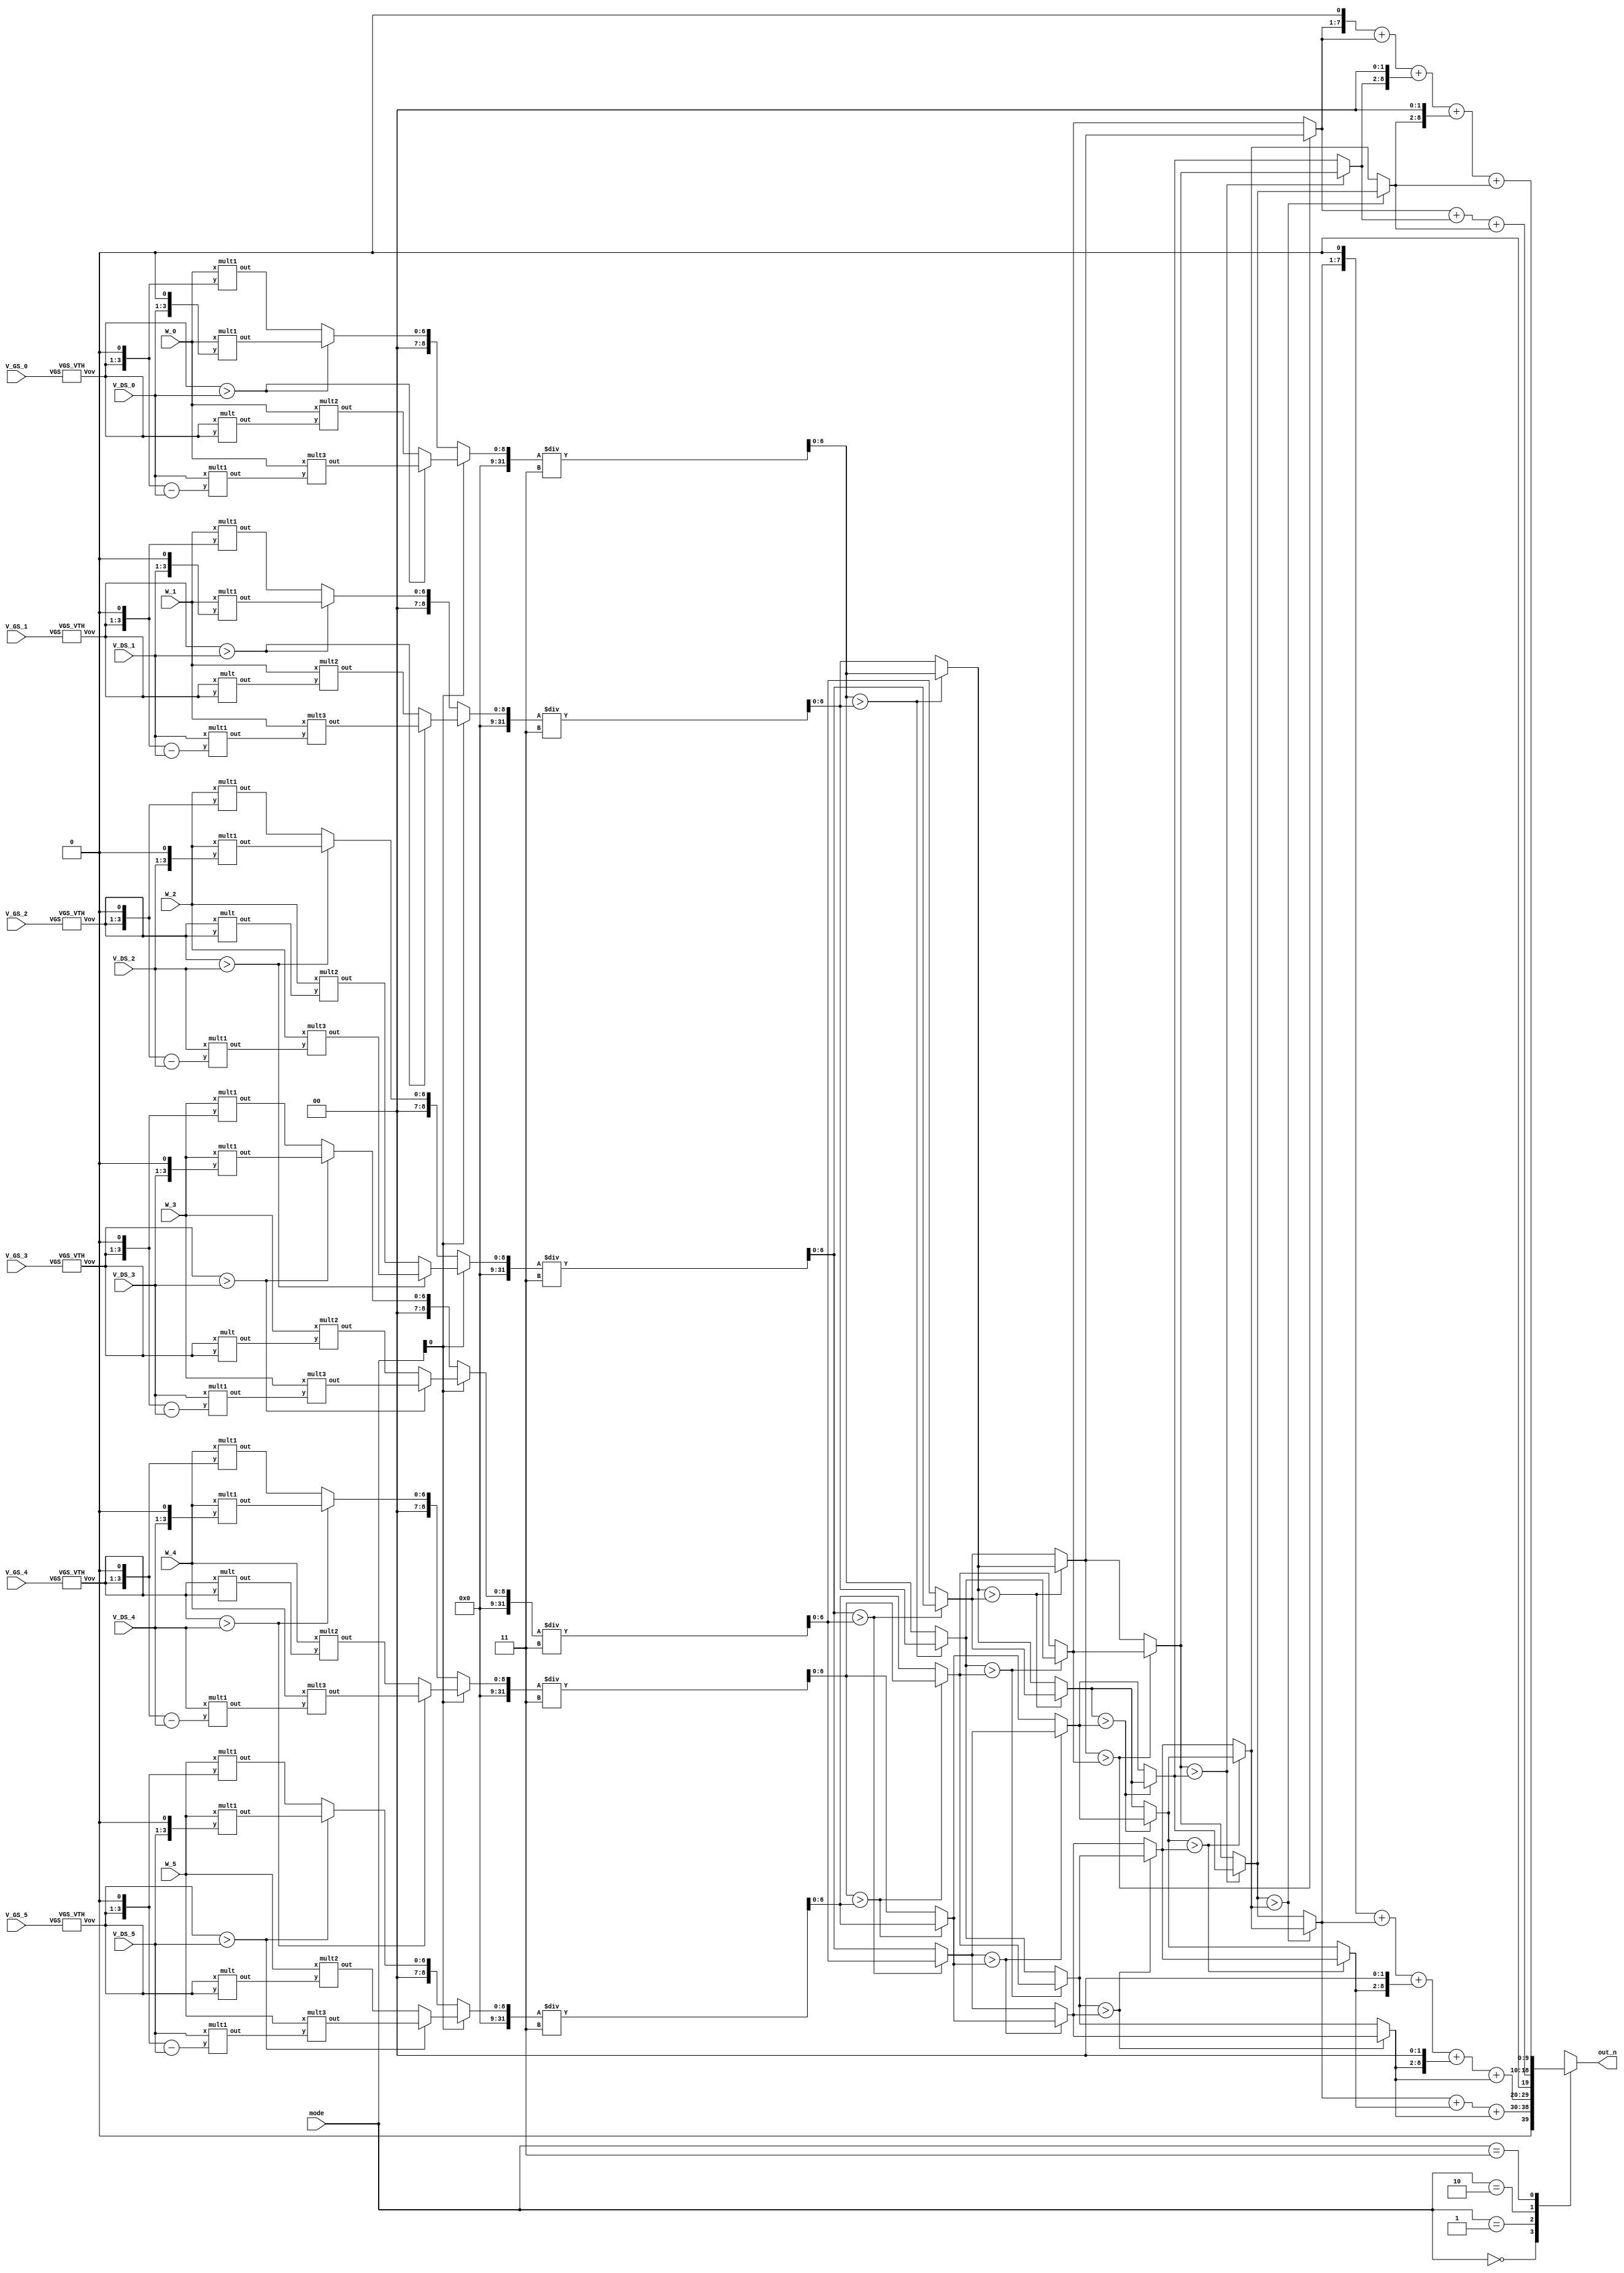
module SMC(
  // Input signals
    mode,
    W_0, V_GS_0, V_DS_0,
    W_1, V_GS_1, V_DS_1,
    W_2, V_GS_2, V_DS_2,
    W_3, V_GS_3, V_DS_3,
    W_4, V_GS_4, V_DS_4,
    W_5, V_GS_5, V_DS_5,   
  // Output signals
    out_n
);

//================================================================
//   INPUT AND OUTPUT DECLARATION                         
//================================================================
input [2:0] W_0, V_GS_0, V_DS_0;
input [2:0] W_1, V_GS_1, V_DS_1;
input [2:0] W_2, V_GS_2, V_DS_2;
input [2:0] W_3, V_GS_3, V_DS_3;
input [2:0] W_4, V_GS_4, V_DS_4;
input [2:0] W_5, V_GS_5, V_DS_5;
input [1:0] mode;
//output [8:0] out_n;         							// use this if using continuous assignment for out_n  // Ex: assign out_n = XXX;
 output reg [9:0] out_n; 								// use this if using procedure assignment for out_n   // Ex: always@(*) begin out_n = XXX; end

//================================================================
//    Wire & Registers 
//================================================================
// Declare the wire/reg you would use in your circuit
// remember 
// wire for port connection and cont. assignment
// reg for proc. assignment
wire [2:0]Vov0,Vov1,Vov2,Vov3,Vov4,Vov5;
wire [6:0]W_VDS0,W_VDS1,W_VDS2,W_VDS3,W_VDS4,W_VDS5;
wire [6:0]W_Vov0,W_Vov1,W_Vov2,W_Vov3,W_Vov4,W_Vov5;
wire [6:0]VDS_2Vov_VDS0,VDS_2Vov_VDS1,VDS_2Vov_VDS2,VDS_2Vov_VDS3,VDS_2Vov_VDS4,VDS_2Vov_VDS5;
wire [5:0]Vov_Vov0,Vov_Vov1,Vov_Vov2,Vov_Vov3,Vov_Vov4,Vov_Vov5;
wire [8:0]W_Vov_Vov0,W_Vov_Vov1,W_Vov_Vov2,W_Vov_Vov3,W_Vov_Vov4,W_Vov_Vov5;        
wire [8:0]W_VDS_2Vov_VDS0,W_VDS_2Vov_VDS1,W_VDS_2Vov_VDS2,W_VDS_2Vov_VDS3,W_VDS_2Vov_VDS4,W_VDS_2Vov_VDS5;
         
//wire Triode_mode0,Triode_mode1,Triode_mode2,Triode_mode3,Triode_mode4,Triode_mode5;
//wire [8:0]I_0,I_1,I_2,I_3,I_4,I_5;
//
//wire [6:0]gm_0,gm_1,gm_2,gm_3,gm_4,gm_5;

wire [6:0]I_gm0,I_gm1,I_gm2,I_gm3,I_gm4,I_gm5;
//================================================================
//    DESIGN
//================================================================
// --------------------------------------------------
// write your design here
// --------------------------------------------------
VGS_VTH Vov_0(.VGS(V_GS_0),.Vov(Vov0));
VGS_VTH Vov_1(.VGS(V_GS_1),.Vov(Vov1));
VGS_VTH Vov_2(.VGS(V_GS_2),.Vov(Vov2));
VGS_VTH Vov_3(.VGS(V_GS_3),.Vov(Vov3));
VGS_VTH Vov_4(.VGS(V_GS_4),.Vov(Vov4));
VGS_VTH Vov_5(.VGS(V_GS_5),.Vov(Vov5));

///2WVDS
mult1 W_VDS_0(.x(W_0),.y({V_DS_0,1'b0}),.out(W_VDS0));
mult1 W_VDS_1(.x(W_1),.y({V_DS_1,1'b0}),.out(W_VDS1));
mult1 W_VDS_2(.x(W_2),.y({V_DS_2,1'b0}),.out(W_VDS2));
mult1 W_VDS_3(.x(W_3),.y({V_DS_3,1'b0}),.out(W_VDS3));
mult1 W_VDS_4(.x(W_4),.y({V_DS_4,1'b0}),.out(W_VDS4));
mult1 W_VDS_5(.x(W_5),.y({V_DS_5,1'b0}),.out(W_VDS5));

//2WVov
mult1 W_Vov_0(.x(W_0),.y({Vov0,1'b0}),.out(W_Vov0));
mult1 W_Vov_1(.x(W_1),.y({Vov1,1'b0}),.out(W_Vov1));
mult1 W_Vov_2(.x(W_2),.y({Vov2,1'b0}),.out(W_Vov2));
mult1 W_Vov_3(.x(W_3),.y({Vov3,1'b0}),.out(W_Vov3));
mult1 W_Vov_4(.x(W_4),.y({Vov4,1'b0}),.out(W_Vov4));
mult1 W_Vov_5(.x(W_5),.y({Vov5,1'b0}),.out(W_Vov5));

//VDS(2Vov-VDS)
mult1 VDS_2Vov_VDS_0(.x(V_DS_0),.y({Vov0,1'b0}-V_DS_0),.out(VDS_2Vov_VDS0));
mult1 VDS_2Vov_VDS_1(.x(V_DS_1),.y({Vov1,1'b0}-V_DS_1),.out(VDS_2Vov_VDS1));
mult1 VDS_2Vov_VDS_2(.x(V_DS_2),.y({Vov2,1'b0}-V_DS_2),.out(VDS_2Vov_VDS2));
mult1 VDS_2Vov_VDS_3(.x(V_DS_3),.y({Vov3,1'b0}-V_DS_3),.out(VDS_2Vov_VDS3));
mult1 VDS_2Vov_VDS_4(.x(V_DS_4),.y({Vov4,1'b0}-V_DS_4),.out(VDS_2Vov_VDS4));
mult1 VDS_2Vov_VDS_5(.x(V_DS_5),.y({Vov5,1'b0}-V_DS_5),.out(VDS_2Vov_VDS5));

//Vov*Vov
mult Vov_Vov_0(.x(Vov0),.y(Vov0),.out(Vov_Vov0));
mult Vov_Vov_1(.x(Vov1),.y(Vov1),.out(Vov_Vov1));
mult Vov_Vov_2(.x(Vov2),.y(Vov2),.out(Vov_Vov2));
mult Vov_Vov_3(.x(Vov3),.y(Vov3),.out(Vov_Vov3));
mult Vov_Vov_4(.x(Vov4),.y(Vov4),.out(Vov_Vov4));
mult Vov_Vov_5(.x(Vov5),.y(Vov5),.out(Vov_Vov5));

//W*Vov*Vov
mult2 W_Vov_Vov_0(.x(W_0),.y(Vov_Vov0),.out(W_Vov_Vov0));
mult2 W_Vov_Vov_1(.x(W_1),.y(Vov_Vov1),.out(W_Vov_Vov1));
mult2 W_Vov_Vov_2(.x(W_2),.y(Vov_Vov2),.out(W_Vov_Vov2));
mult2 W_Vov_Vov_3(.x(W_3),.y(Vov_Vov3),.out(W_Vov_Vov3));
mult2 W_Vov_Vov_4(.x(W_4),.y(Vov_Vov4),.out(W_Vov_Vov4));
mult2 W_Vov_Vov_5(.x(W_5),.y(Vov_Vov5),.out(W_Vov_Vov5));

//W*VDS(2Vov-VDS)
mult3 W_VDS_2Vov_VDS_0(.x(W_0),.y(VDS_2Vov_VDS0),.out(W_VDS_2Vov_VDS0));
mult3 W_VDS_2Vov_VDS_1(.x(W_1),.y(VDS_2Vov_VDS1),.out(W_VDS_2Vov_VDS1));
mult3 W_VDS_2Vov_VDS_2(.x(W_2),.y(VDS_2Vov_VDS2),.out(W_VDS_2Vov_VDS2));
mult3 W_VDS_2Vov_VDS_3(.x(W_3),.y(VDS_2Vov_VDS3),.out(W_VDS_2Vov_VDS3));
mult3 W_VDS_2Vov_VDS_4(.x(W_4),.y(VDS_2Vov_VDS4),.out(W_VDS_2Vov_VDS4));
mult3 W_VDS_2Vov_VDS_5(.x(W_5),.y(VDS_2Vov_VDS5),.out(W_VDS_2Vov_VDS5));

//assign Triode_mode0=(Vov0>V_DS_0)?1:0;
//assign Triode_mode1=(Vov1>V_DS_1)?1:0;
//assign Triode_mode2=(Vov2>V_DS_2)?1:0;
//assign Triode_mode3=(Vov3>V_DS_3)?1:0;
//assign Triode_mode4=(Vov4>V_DS_4)?1:0;
//assign Triode_mode5=(Vov5>V_DS_5)?1:0;
/*
assign I_0=(Triode_mode0)?W_VDS_2Vov_VDS0:W_Vov_Vov0;
assign I_1=(Triode_mode1)?W_VDS_2Vov_VDS1:W_Vov_Vov1;
assign I_2=(Triode_mode2)?W_VDS_2Vov_VDS2:W_Vov_Vov2;
assign I_3=(Triode_mode3)?W_VDS_2Vov_VDS3:W_Vov_Vov3;
assign I_4=(Triode_mode4)?W_VDS_2Vov_VDS4:W_Vov_Vov4;
assign I_5=(Triode_mode5)?W_VDS_2Vov_VDS5:W_Vov_Vov5;

assign gm_0=(Triode_mode0)?W_VDS0:W_Vov0;
assign gm_1=(Triode_mode1)?W_VDS1:W_Vov1;
assign gm_2=(Triode_mode2)?W_VDS2:W_Vov2;
assign gm_3=(Triode_mode3)?W_VDS3:W_Vov3;
assign gm_4=(Triode_mode4)?W_VDS4:W_Vov4;
assign gm_5=(Triode_mode5)?W_VDS5:W_Vov5;

assign I_gm0=((mode[0])?I_0:gm_0)/3;
assign I_gm1=((mode[0])?I_1:gm_1)/3;
assign I_gm2=((mode[0])?I_2:gm_2)/3;
assign I_gm3=((mode[0])?I_3:gm_3)/3;
assign I_gm4=((mode[0])?I_4:gm_4)/3;
assign I_gm5=((mode[0])?I_5:gm_5)/3;
*/
assign I_gm0=((mode[0])?((Vov0>V_DS_0)?W_VDS_2Vov_VDS0:W_Vov_Vov0):((Vov0>V_DS_0)?W_VDS0:W_Vov0))/3;
assign I_gm1=((mode[0])?((Vov1>V_DS_1)?W_VDS_2Vov_VDS1:W_Vov_Vov1):((Vov1>V_DS_1)?W_VDS1:W_Vov1))/3;
assign I_gm2=((mode[0])?((Vov2>V_DS_2)?W_VDS_2Vov_VDS2:W_Vov_Vov2):((Vov2>V_DS_2)?W_VDS2:W_Vov2))/3;
assign I_gm3=((mode[0])?((Vov3>V_DS_3)?W_VDS_2Vov_VDS3:W_Vov_Vov3):((Vov3>V_DS_3)?W_VDS3:W_Vov3))/3;
assign I_gm4=((mode[0])?((Vov4>V_DS_4)?W_VDS_2Vov_VDS4:W_Vov_Vov4):((Vov4>V_DS_4)?W_VDS4:W_Vov4))/3;
assign I_gm5=((mode[0])?((Vov5>V_DS_5)?W_VDS_2Vov_VDS5:W_Vov_Vov5):((Vov5>V_DS_5)?W_VDS5:W_Vov5))/3;


wire [6:0] a0, a1, a2, a3, a4, a5;
wire [6:0] b0, b1, b2, b3, b4, b5;
wire [6:0] c0, c1, c2, c3, c4, c5;
wire [6:0] d0, d1, d2, d3, e0, e1;

assign a0 = (I_gm0 > I_gm1) ? I_gm0 : I_gm1;
assign a1 = (I_gm0 > I_gm1) ? I_gm1 : I_gm0;
assign a2 = (I_gm2 > I_gm3) ? I_gm2 : I_gm3;
assign a3 = (I_gm2 > I_gm3) ? I_gm3 : I_gm2;
assign a4 = (I_gm4 > I_gm5) ? I_gm4 : I_gm5;
assign a5 = (I_gm4 > I_gm5) ? I_gm5 : I_gm4;
assign b0 = (a0 > a2) ? a0 : a2;
assign b1 = (a0 > a2) ? a2 : a0;
assign b2 = (a1 > a4) ? a1 : a4;
assign b3 = (a1 > a4) ? a4 : a1;
assign b4 = (a3 > a5) ? a3 : a5;
assign b5 = (a3 > a5) ? a5 : a3;
assign c0 = (b0 > b2) ? b0 : b2; //0
assign c1 = (b0 > b2) ? b2 : b0;
assign c2 = (b1 > b4) ? b1 : b4;
assign c3 = (b1 > b4) ? b4 : b1;
assign c4 = (b3 > b5) ? b3 : b5;
assign c5 = (b3 > b5) ? b5 : b3; //5
assign d0 = (c1 > c2) ? c1 : c2; //1
assign d1 = (c1 > c2) ? c2 : c1;
assign d2 = (c3 > c4) ? c3 : c4;
assign d3 = (c3 > c4) ? c4 : c3; //4
assign e0 = (d1 > d2) ? d1 : d2; //2
assign e1 = (d1 > d2) ? d2 : d1; //3

always@(*)begin
    case(mode)
	  2'd0:out_n=e1+d3+c5;
	  2'd1:out_n=(e1<<1)+e1+(d3<<2)+(c5<<2)+c5;
	  2'd2:out_n=c0+d0+e0;
	  2'd3:out_n=(c0<<1)+c0+(d0<<2)+(e0<<2)+e0;
	endcase
end
endmodule
 

module VGS_VTH(VGS,Vov);
 input  [2:0]VGS;
 output [2:0]Vov;

 assign Vov[2]=VGS[2]&(VGS[1]|VGS[0]); 
 assign Vov[1]=~VGS[1]^VGS[0];
 assign Vov[0]=~VGS[0];  
 
endmodule

module mult(x,y,out);
   input  [2:0]x,y;
   output [5:0]out;

   wire [5:0]temp1,temp2,temp3;

   assign temp1=y[0]?x:6'd0;
   assign temp2=y[1]?x<<1:6'd0;
   assign temp3=y[2]?x<<2:6'd0;
   assign out = temp1+temp2+temp3;
endmodule

module mult1(x,y,out);
   input  [2:0]x;
   input  [3:0]y;
   output [6:0]out;

   wire [6:0]temp1,temp2,temp3;

   assign temp1=x[0]?y:7'd0;
   assign temp2=x[1]?y<<1:7'd0;
   assign temp3=x[2]?y<<2:7'd0;

   assign out = temp1+temp2+temp3;
endmodule

module mult2(x,y,out);
   input  [2:0]x;
   input  [5:0]y;
   output [8:0]out;

   wire [8:0]temp1,temp2,temp3;

   assign temp1=x[0]?y:9'd0;
   assign temp2=x[1]?y<<1:9'd0;
   assign temp3=x[2]?y<<2:9'd0;

   assign out = temp1+temp2+temp3;
endmodule

module mult3(x,y,out);
   input  [2:0]x;
   input  [6:0]y;
   output [8:0]out;

   wire [8:0]temp1,temp2,temp3;

   assign temp1=x[0]?y:9'd0;
   assign temp2=x[1]?y<<1:9'd0;
   assign temp3=x[2]?y<<2:9'd0;

   assign out = temp1+temp2+temp3;
endmodule